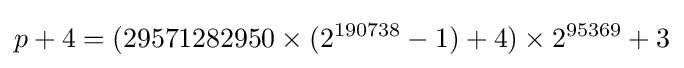
p+4=(29571282950\times (2^{190738}-1)+4)\times 2^{95369}+3